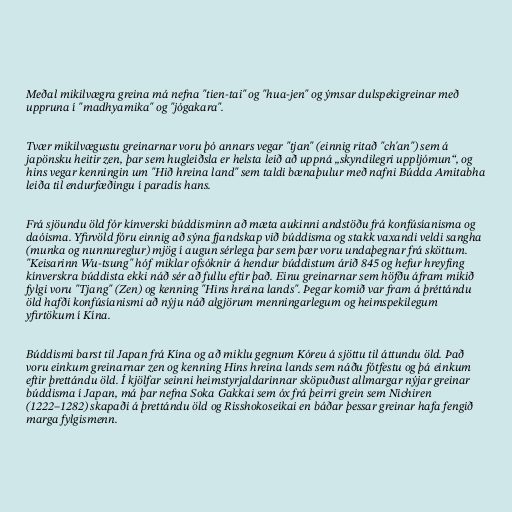
Meðal mikilvægra greina má nefna "tien-tai" og "hua-jen" og ýmsar dulspekigreinar með
uppruna í "madhyamika" og "jógakara".

Tvær mikilvægustu greinarnar voru þó annars vegar "tjan" (einnig ritað "ch'an") sem á
japönsku heitir zen, þar sem hugleiðsla er helsta leið að uppná „skyndilegri uppljómun“, og
hins vegar kenningin um "Hið hreina land" sem taldi bænaþulur með nafni Búdda Amitabha
leiða til endurfæðingu í paradís hans.

Frá sjöundu öld fór kínverski búddisminn að mæta aukinni andstöðu frá konfúsíanisma og
daóisma. Yfirvöld fóru einnig að sýna fjandskap við búddisma og stakk vaxandi veldi sangha
(munka og nunnureglur) mjög í augun sérlega þar sem þær voru undaþegnar frá sköttum.
"Keisarinn Wu-tsung" hóf miklar ofsóknir á hendur búddistum árið 845 og hefur hreyfing
kínverskra búddista ekki náð sér að fullu eftir það. Einu greinarnar sem höfðu áfram mikið
fylgi voru "Tjang" (Zen) og kenning "Hins hreina lands". Þegar komið var fram á þréttándu
öld hafði konfúsíanismi að nýju náð algjörum menningarlegum og heimspekilegum
yfirtökum í Kína.

Búddismi barst til Japan frá Kína og að miklu gegnum Kóreu á sjöttu til áttundu öld. Það
voru einkum greinarnar zen og kenning Hins hreina lands sem náðu fótfestu og þá einkum
eftir þrettándu öld. Í kjölfar seinni heimstyrjaldarinnar sköpuðust allmargar nýjar greinar
búddisma í Japan, má þar nefna Soka Gakkai sem óx frá þeirri grein sem Nichiren
(1222–1282) skapaði á þrettándu öld og Risshokoseikai en báðar þessar greinar hafa fengið
marga fylgismenn.